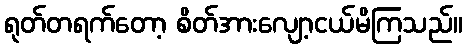
ရုတ်တရက်တော့ စိတ်အားလျော့ငယ်မိကြသည်။